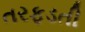
તરફડતી